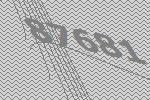
87681